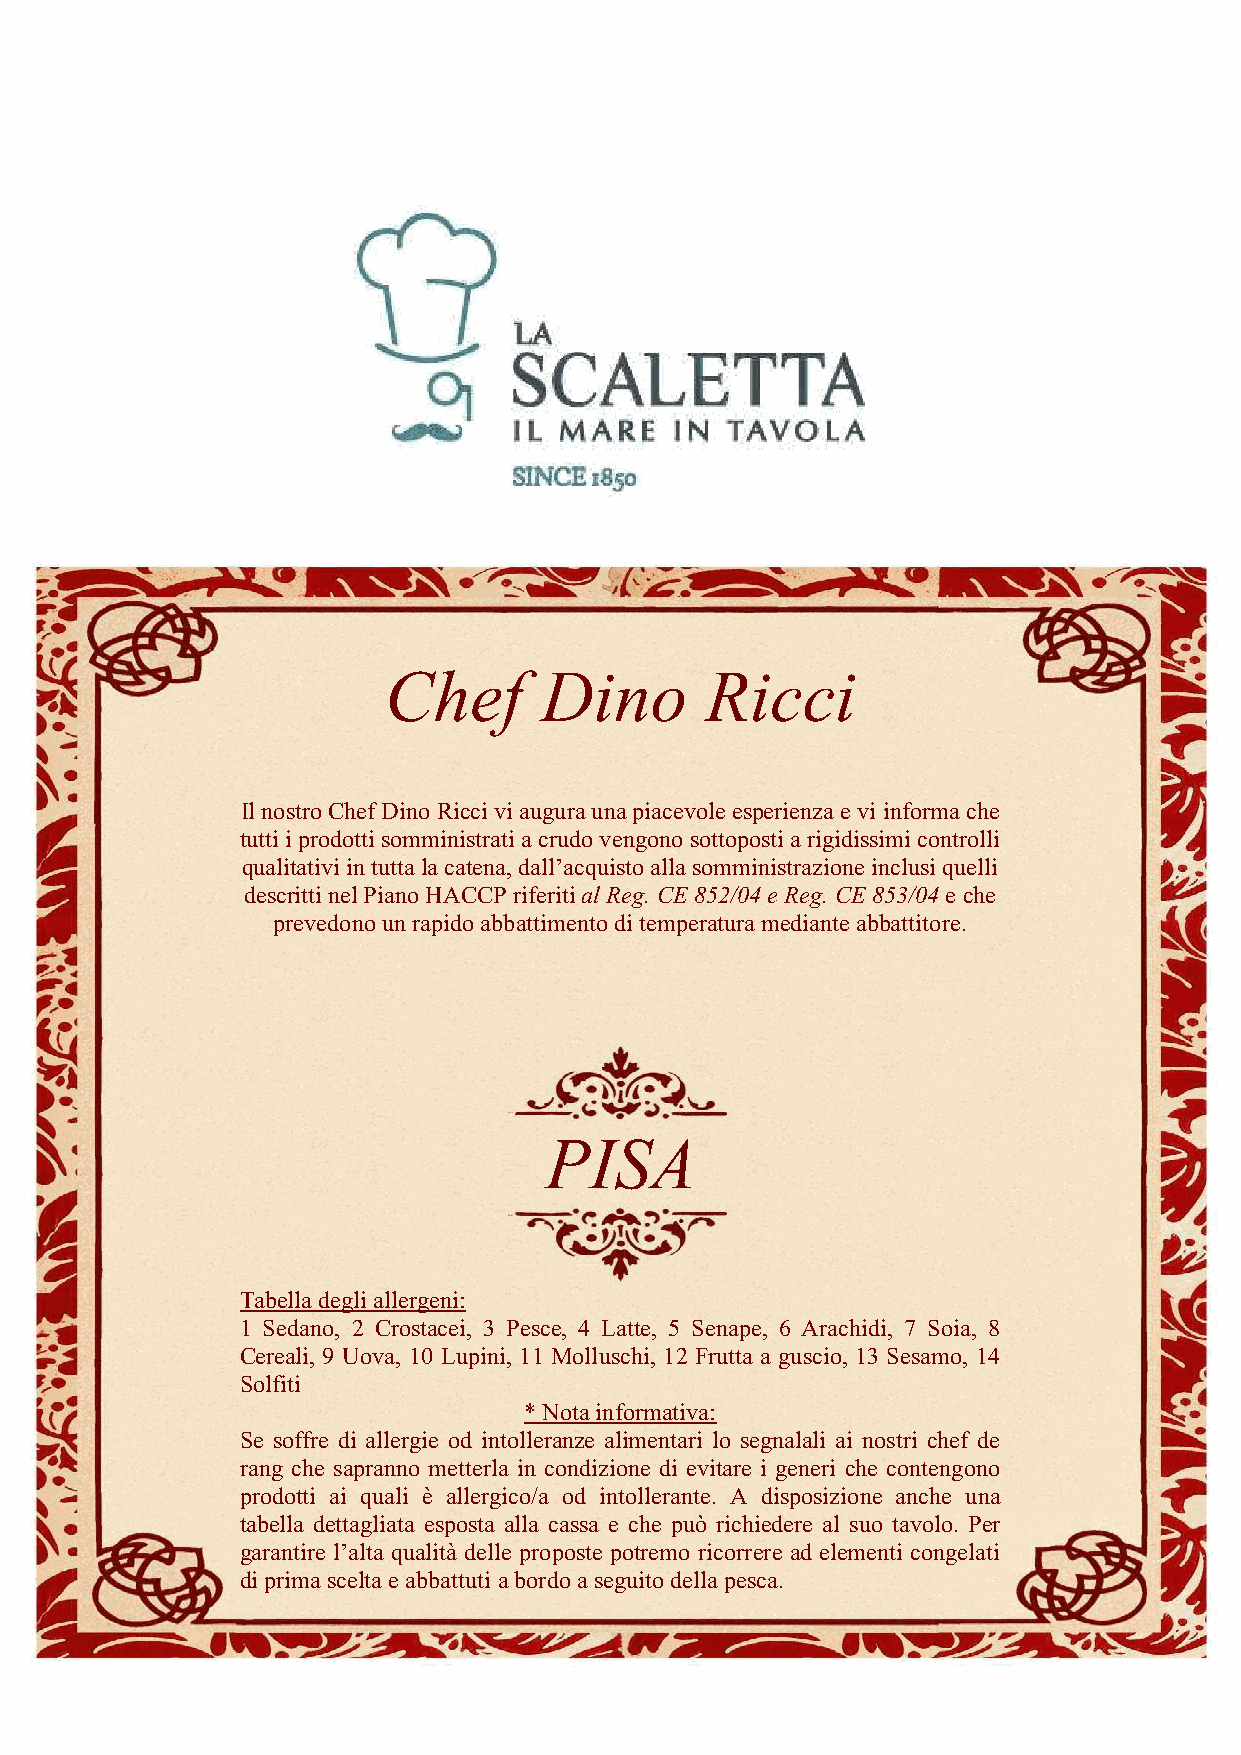
Chef       Dino       Ricci
 Il nostro Chef Dino Ricci vi augura una piacevole esperienza e vi informa che
 tutti i prodotti somministrati a crudo vengono sottoposti a rigidissimi controlli
 qualitativi in tutta la catena, dall’acquisto alla somministrazione inclusi quelli
 descritti nel Piano HACCP riferiti al Reg. CE 852/04 e Reg. CE 853/04 e che
 prevedono un rapido abbattimento di temperatura mediante abbattitore.
 PISA
 Tabella degli allergeni:
 1 Sedano, 2 Crostacei, 3 Pesce, 4 Latte, 5 Senape, 6 Arachidi, 7 Soia, 8
 Cereali, 9 Uova, 10 Lupini, 11 Molluschi, 12 Frutta a guscio, 13 Sesamo, 14
 Solfiti
 * Nota informativa:
 Se soffre di allergie od intolleranze alimentari lo segnalali ai nostri chef de
 rang che sapranno metterla in condizione di evitare i generi che contengono
 prodotti ai quali è allergico/a od intollerante. A disposizione anche una
 tabella dettagliata esposta alla cassa e che può richiedere al suo tavolo. Per
 garantire l’alta qualità delle proposte potremo ricorrere ad elementi congelati
 di prima scelta e abbattuti a bordo a seguito della pesca.